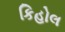
કિહોલ